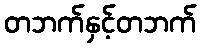
တဘက်နှင့်တဘက်